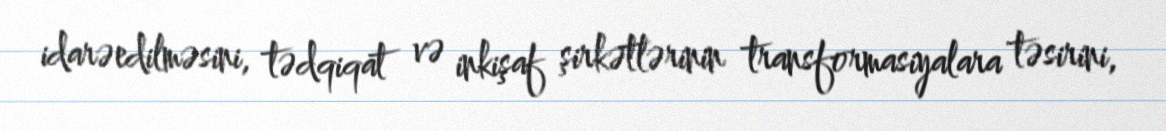
idarəedilməsini, tədqiqat və inkişaf şirkətlərinin transformasiyalara təsirini,